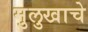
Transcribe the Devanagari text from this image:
मुलुखाचे